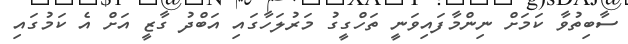
ސާބިތުވާ ކަމަށް ނިންމާފައިވަނީ ތަހްގީގު މަރުލަހާގައި އަބްދު ގާޒީ އަށް އެ ކަމުގައި